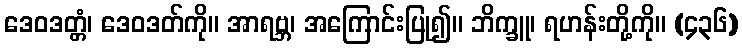
ဒေဝဒတ္တံ၊ ဒေဝဒတ်ကို။ အာရဗ္ဘ၊ အကြောင်းပြု၍။ ဘိက္ခူ၊ ရဟန်းတို့ကို။ (၄၃၆)